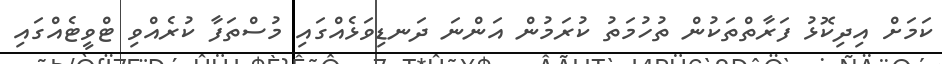
ކަމަށް އިދިކޮޅު ފަރާތްތަކުން ތުހުމަތު ކުރަމުން އަންނަ ދަނޑިވަޅެއްގައި މުސްތަފާ ކުރެއްވި ޓްވީޓެއްގައި